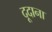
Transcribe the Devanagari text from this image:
दूदाना